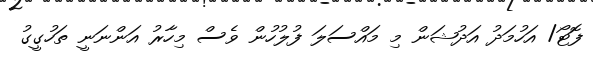
ފޮޓޯ/ އަހުމަދު އަދުޝަން މި މައްސަލަ ފުލުހުން ވެސް މިހާރު އަންނަނީ ތަހުގީގު